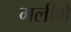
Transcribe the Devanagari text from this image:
गलीमें